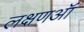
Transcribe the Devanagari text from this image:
लक्षणऑं